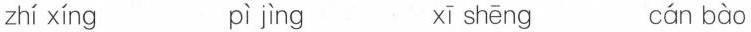
zhí xíng pì jìng xī shēng cán bào